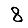
Digit: 8